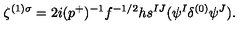
\zeta ^ { ( 1 ) \sigma } = 2 i ( p ^ { + } ) ^ { - 1 } f ^ { - 1 / 2 } h s ^ { I J } ( \psi ^ { I } \delta ^ { ( 0 ) } \psi ^ { J } ) .